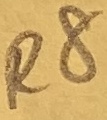
Text: R8